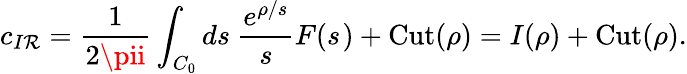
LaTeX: c_{I\mathcal{R}}=\frac{{1}}{{2\pii}}\int_{C_{0}}ds\ \frac{{e^{\rho/s}}}{{s}}F(s^{})+\mathrm{{Cut}}(\rho)=I(\rho)+\mathrm{{Cut}}(\rho).